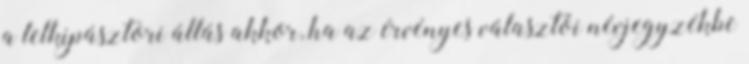
a lelkipásztori állás akkor, ha az érvényes választói névjegyzékbe